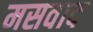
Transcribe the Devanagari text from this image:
मसवाद